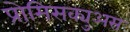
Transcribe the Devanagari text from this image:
प्रोमिसक्युअस